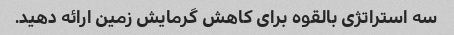
سه استراتژی بالقوه برای کاهش گرمایش زمین ارائه دهید.